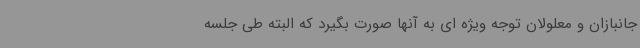
جانبازان و معلولان توجه ویژه ای به آنها صورت بگیرد که البته طی جلسه